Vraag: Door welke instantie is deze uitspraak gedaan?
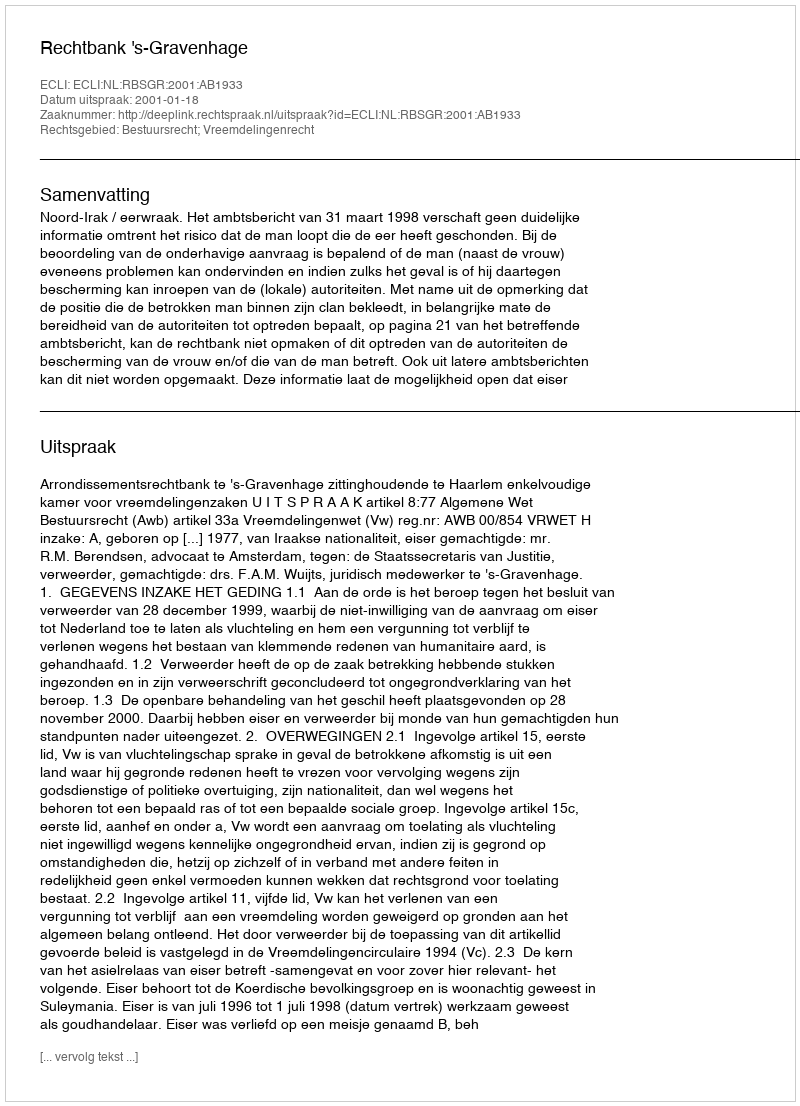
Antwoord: Rechtbank 's-Gravenhage